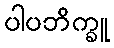
ပါပဘိက္ခူ